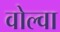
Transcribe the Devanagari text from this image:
वोल्वा